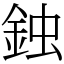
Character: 鉵